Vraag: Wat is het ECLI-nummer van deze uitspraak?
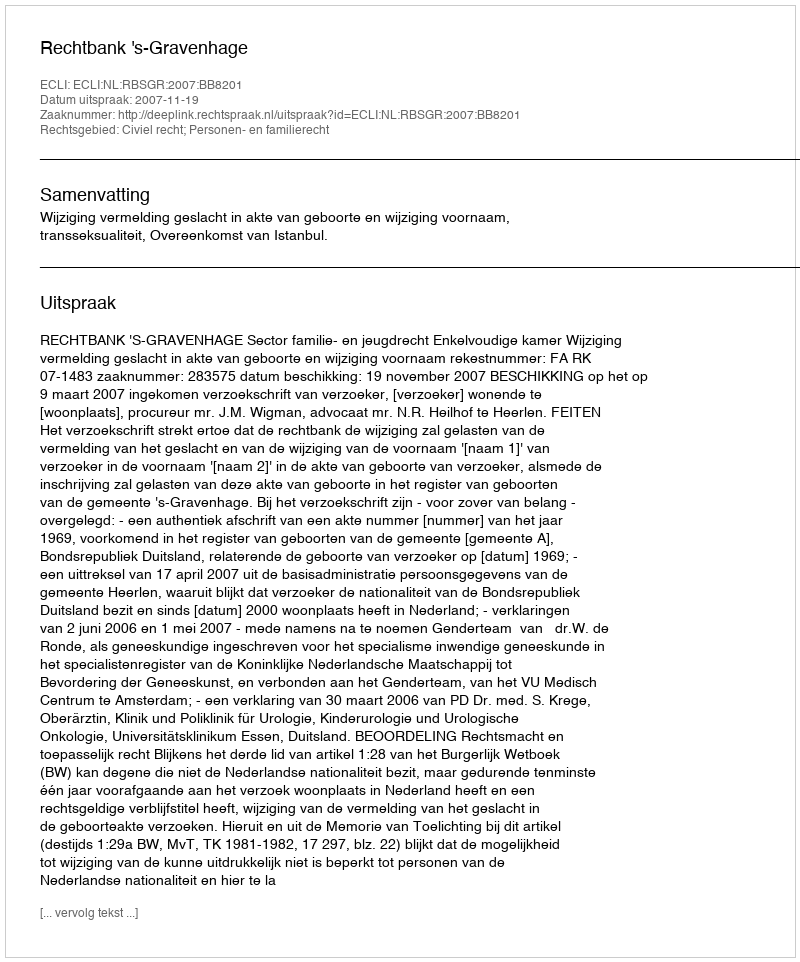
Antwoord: ECLI:NL:RBSGR:2007:BB8201